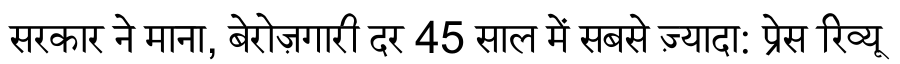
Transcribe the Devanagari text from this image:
सरकार ने माना, बेरोज़गारी दर 45 साल में सबसे ज़्यादा: प्रेस रिव्यू